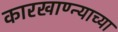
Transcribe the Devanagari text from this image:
कारखाण्न्याच्या